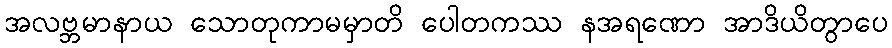
အလဗ္ဘမာနာယ သောတုကာမမှာတိ ပေါတကဿ နအရဏော အာဒိယိတွာပေ